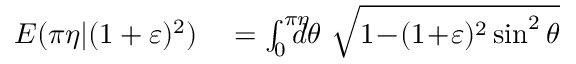
\begin{array} { r l } { E ( \pi \eta | ( 1 + \varepsilon ) ^ { 2 } ) } & { { } = \int _ { 0 } ^ { \pi \eta } \! \! \! \! \! d \theta \ \sqrt { 1 \! - \! ( 1 \! + \! \varepsilon ) ^ { 2 } \sin ^ { 2 } \theta } } \end{array}